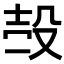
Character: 𣪊